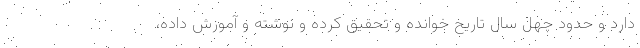
دارد و حدود چهل سال تاریخ خوانده و تحقیق کرده و نوشته و آموزش داده،